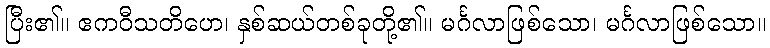
ပြီး၏။ ဧကဝီသတိဟေ၊ နှစ်ဆယ်တစ်ခုတို့၏။ မင်္ဂလာဖြစ်သော၊ မင်္ဂလာဖြစ်သော။